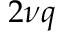
2 \nu q